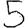
Digit: 5